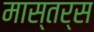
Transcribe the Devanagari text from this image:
मास्तर्स